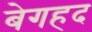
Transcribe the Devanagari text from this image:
बेगहद